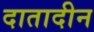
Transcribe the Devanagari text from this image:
दातादीन